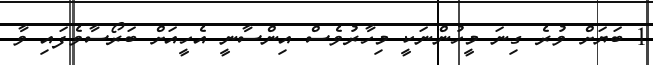
1 ބަޔަށް ވުރެ ގިނަ މީހުންނަކީ މިހާރުވެސް އިންސާނީ އެހީއަށް ބަރޯސާވެފައި ވާ